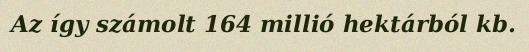
Az így számolt 164 millió hektárból kb.